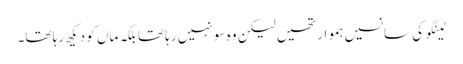
ٹینگو کی سانسیں ہموار تھیں لیکن وہ سو نہیں رہا تھا بلکہ ماں کو دیکھ رہا تھا۔